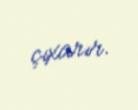
çıxarır.